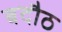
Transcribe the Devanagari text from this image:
बदौठ